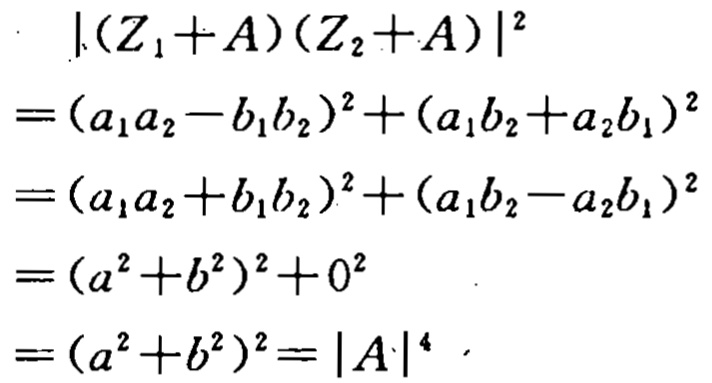
\[
\begin{align*}
|(Z_1 + A)(Z_2 + A)|^2&=(a_1a_2 - b_1b_2)^2+(a_1b_2 + a_2b_1)^2\\
&=(a_1a_2 + b_1b_2)^2+(a_1b_2 - a_2b_1)^2\\
&=(a^2 + b^2)^2+0^2\\
&=(a^2 + b^2)^2=|A|^4
\end{align*}
\]